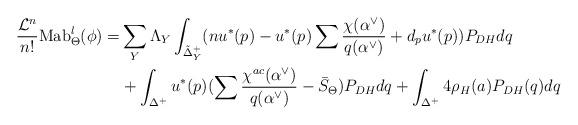
LaTeX: \begin{align*}\frac{\mathcal{L}^n}{n!} \mathrm{Mab}^l_{\Theta}(\phi) = &\sum_Y \Lambda_Y \int_{\tilde{\Delta}^+_Y} (nu^*(p)-u^*(p)\sum \frac{\chi(\alpha^{\vee})}{q(\alpha^{\vee})} +d_pu^*(p))P_{DH}dq \\& +\int_{\Delta^+} u^*(p)(\sum \frac{\chi^{ac}(\alpha^{\vee})}{q(\alpha^{\vee})}-\bar{S}_{\Theta})P_{DH}dq +\int_{\Delta^+}4\rho_H(a)P_{DH}(q)dq\end{align*}